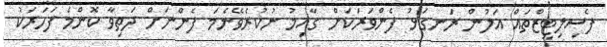
ފެސިލިޓީޒްތައް އަލުން ރަނގަޅު ފެންވަރަކަށް ގާއިމު ނުކުރެވޭނެމަ ފެންނަށް ދަތިވާ ކޮންމެ ފަހަރަކު